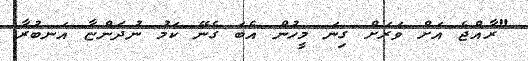
"ރާއްޖެ އަށް ވަރަށް ގިނަ މީހުން އެބަ ގެނޭ ކަމު ނުދަންޏާ އަނބުރާ